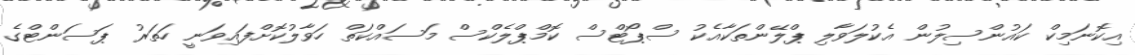
އިކޮނަމިކް ކައުންސިލުން އެކުލަވާލި ޕްލޭންތަކާއެކު ސްޕޯޓްސް ކޮމްޕްލެކްސް މަސައްކަތް ހަވާލުކޮށްފައިވަނީ ހަތަރު ޕަސަންޓްގެ